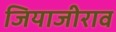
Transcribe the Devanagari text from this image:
जियाजीराव